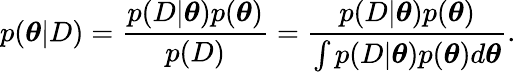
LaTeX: p(\boldsymbol{\theta}|D)=\frac{p(D|\boldsymbol{\theta})p(\boldsymbol{\theta})}{p(D)}=\frac{p(D|\boldsymbol{\theta})p(\boldsymbol{\theta})}{\int p(D|\boldsymbol{\theta})p(\boldsymbol{\theta})d\boldsymbol{\theta}}.